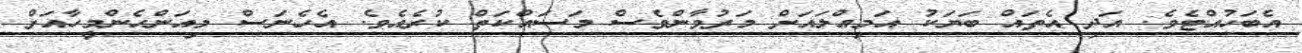
އެބަހުއްޓެވެ. އަދި އެތައް ބަޔަކު އަމިއްލައަށް މަރުވާންވެސް މަސައްކަތް ކުރެއެވެ. އެހެނަސް މިއަންހެންމީހާއަށް